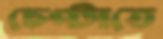
চেপ্‌টাতে